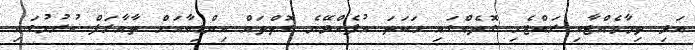
އަދި ތިމާވެއްޓާއި ރައްޓެހި ގޮތެއްގައި ހަކަތަ އުފެއްދޭނެ ގޮތްތައް އިންޑިއާއަށް ތާއާރަފް ކުރުމުގައި